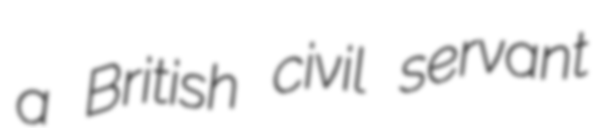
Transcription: a British civil servant